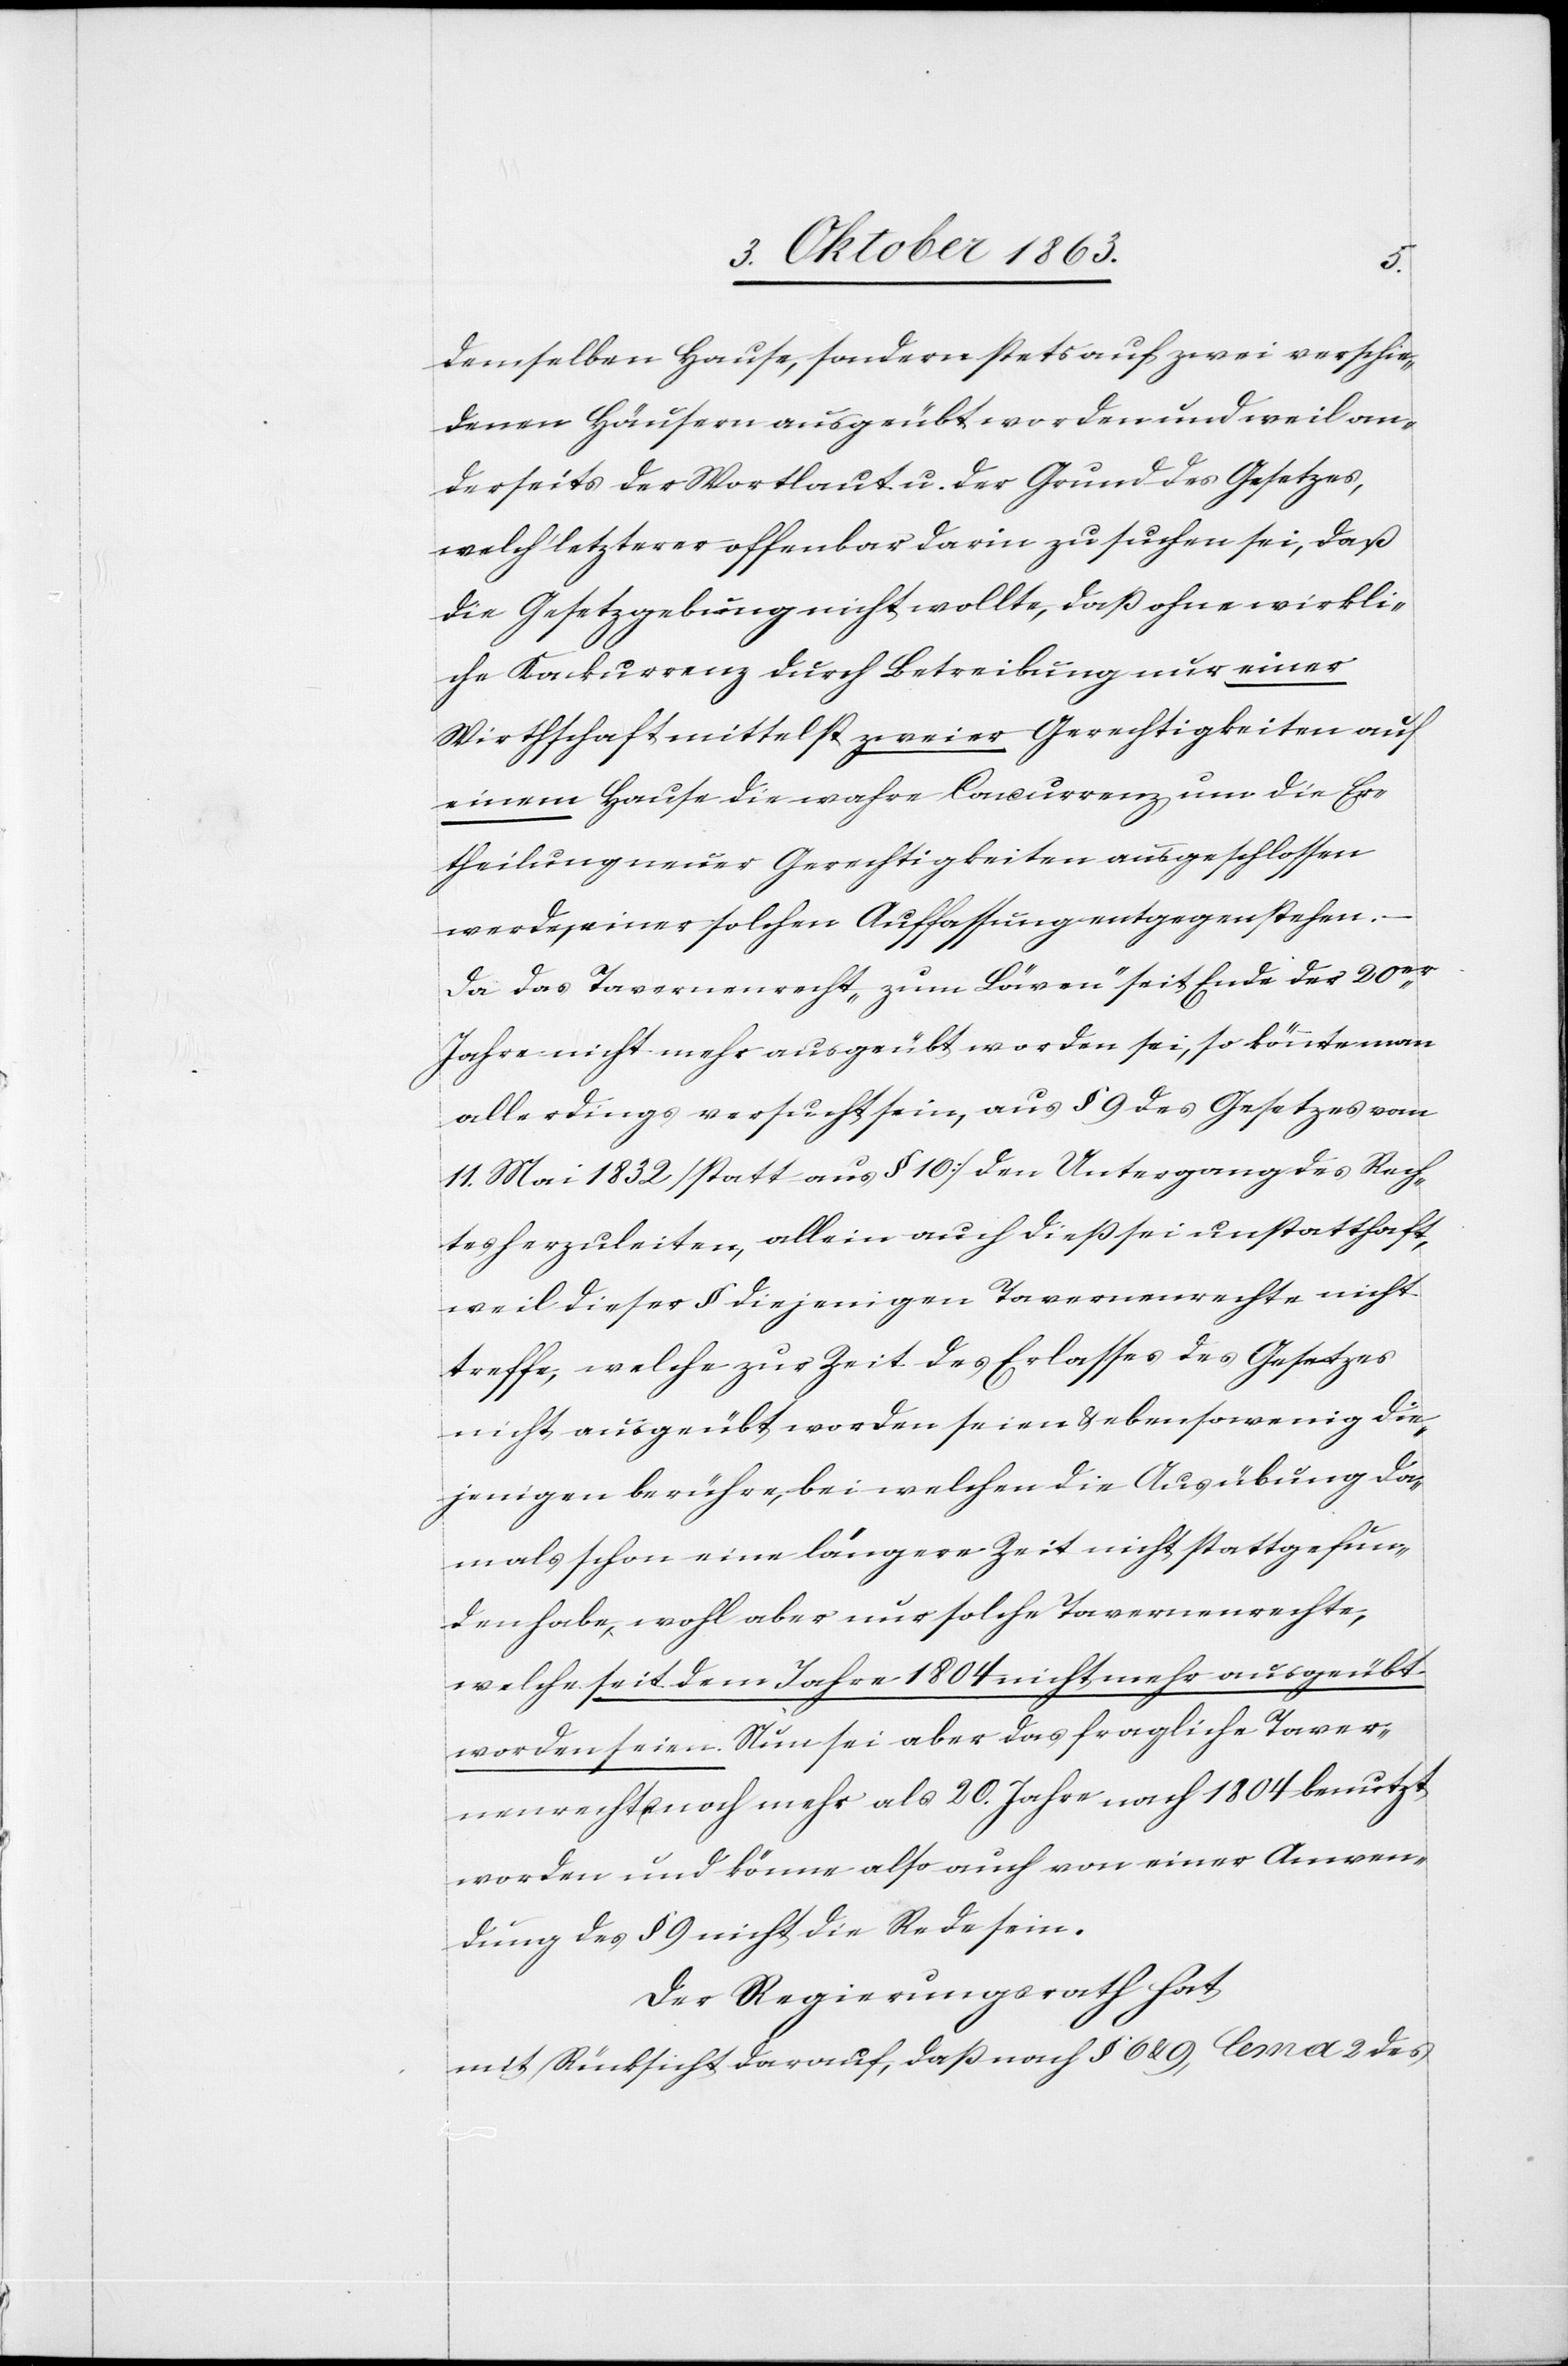
demselben Hause, sondern stets auf zwei verschie¬
denen Häusern ausgeübt worden und weil an¬
derseits der Wortlaut u. der Grund des Gesetzes,
welch' letzterer offenbar darin zu suchen sei, daß
die Gesetzgebung nicht wollte, daß ohne wirkli¬
che Konkurrenz durch Betreibung nur einer
Wirthschaft mittelst zweier Gerechtigkeiten auf
einem Hause die wahre Concurrenz um die Er¬
theilung neuer Gerechtigkeiten ausgeschlossen
werde, einer solchen Auffassung entgegenstehen.
Da das Tavernenrecht „zum Löwen“ seit Ende der 20er
Jahre nicht mehr ausgeübt worden sei, so könnte man
allerdings versucht sein, aus § 9 des Gesetzes vom
11. Mai 1832 [statt aus § 10] den Untergang des Rech¬
tes herzuleiten, allein auch dieß sei unstatthaft,
weil dieser § diejenigen Tavernenrechte nicht
treffe, welche zur Zeit des Erlasses des Gesetzes
nicht ausgeübt worden seien & ebensowenig die¬
jenigen berühre, bei welchen die Ausübung da¬
mals schon eine längere Zeit nicht stattgefun¬
den habe, wohl aber nur solche Tavernenrechte,
welche seit dem Jahre 1804 nicht mehr ausgeübt
worden seien. Nun sei aber das fragliche Taver¬
nenrecht noch mehr als 20. Jahre nach 1804 benutzt
worden und könne also auch von einer Anwen¬
dung des § 9 nicht die Rede sein.
Der Regierungsrath hat
mit Rücksicht darauf, daß nach § 6 & 9, lema 2 des